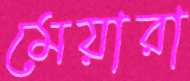
মেয়ারা